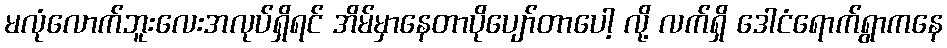
မလုံလောက်ဘူးလေးအလုပ်ရှိရင် အိမ်မှာနေတာပိုပျော်တာပေါ့ လို့ လက်ရှိ ဒေါငံရောက်ရွာကနေ